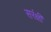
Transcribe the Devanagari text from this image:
सरंक्षी